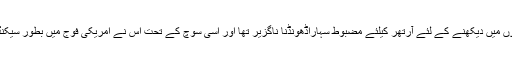
اپنی کامیابیوں کو مضبوط ہاتھوں میں دیکھنے کے لئے آرتھر کیلئے مضبوط سہاراڈھونڈنا ناگزیر تھا اور اسی سوچ کے تحت اس نے امریکی فوج میں بطور سیکنڈ لیفٹیننٹ شمولیت اختیا کر لی ۔